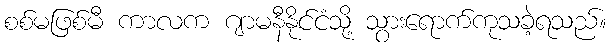
စစ်မဖြစ်မီ ကာလက ဂျာမနီနိုင်ငံသို့ သွားရောက်ကုသခဲ့ရသည်။